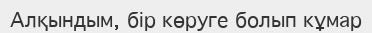
Алқындым, бір көруге болып кұмар